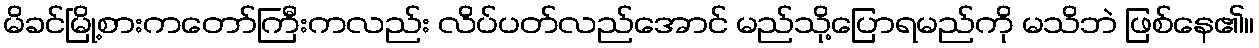
မိခင်မြို့စားကတော်ကြီးကလည်း လိပ်ပတ်လည်အောင် မည်သို့ပြောရမည်ကို မသိဘဲ ဖြစ်နေ၏။